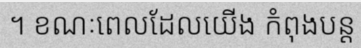
។ ខណៈពេលដែលយើង កំពុងបន្ត